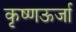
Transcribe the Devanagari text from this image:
कृष्णऊर्जा